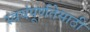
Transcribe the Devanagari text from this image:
स्वयंपूर्णतेसाठी